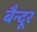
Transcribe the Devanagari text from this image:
बैन्दूर